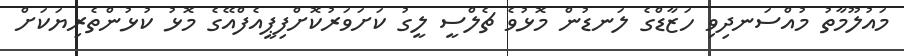
މައުލޫމާތު މުއްސަނދިވި ހަޒާޑްގެ ލަނޑުން މޮޅުވެ ޗެލްސީ ލީގު ކަށަވަރުކޮށްފިޕީއެފްއޭގެ މޮޅު ކުޅުންތެރިޔަކަށް